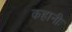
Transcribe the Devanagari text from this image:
कहानीः